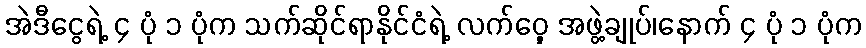
အဲဒီငွေရဲ့ ၄ ပုံ ၁ ပုံက သက်ဆိုင်ရာနိုင်ငံရဲ့ လက်ဝှေ့ အဖွဲ့ချုပ်၊နောက် ၄ ပုံ ၁ ပုံက